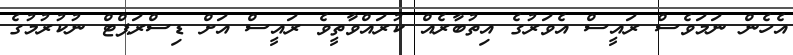
އެހެން ނަމަވެސް ރައީސް އެވަރުގެ އިތުބާރެއް ކުރައްވާތީވެ ރައީސް އަށް ޑިސްރަޕްޓް ނުކުރުމުގެ